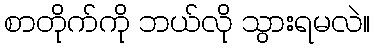
စာတိုက်ကို ဘယ်လို သွားရမလဲ။